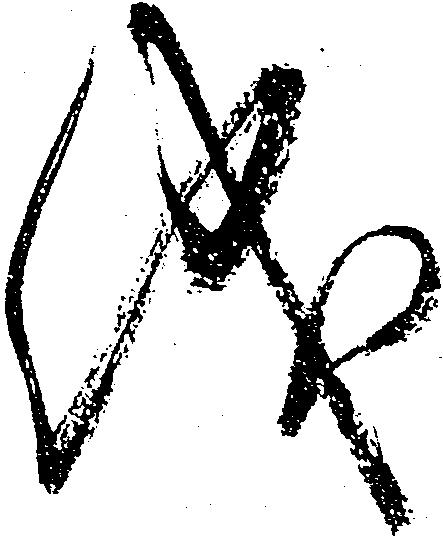
儀